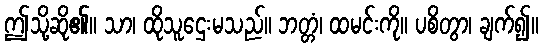
ဤသို့ဆို၏။ သာ၊ ထိုသူဌေးမသည်။ ဘတ္တံ၊ ထမင်းကို။ ပစိတွာ၊ ချက်၍။